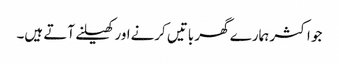
جو اکثر ہمارے گھر باتیں کرنےاور کھیلنے آتے ہیں۔